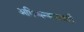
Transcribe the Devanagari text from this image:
अभिव्यन्जनावादी